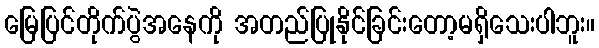
မြေပြင်တိုက်ပွဲအနေကို အတည်ပြုနိုင်ခြင်းတော့မရှိသေးပါဘူး။